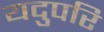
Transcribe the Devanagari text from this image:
यदुपरि